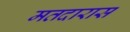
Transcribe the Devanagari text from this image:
मतदारास